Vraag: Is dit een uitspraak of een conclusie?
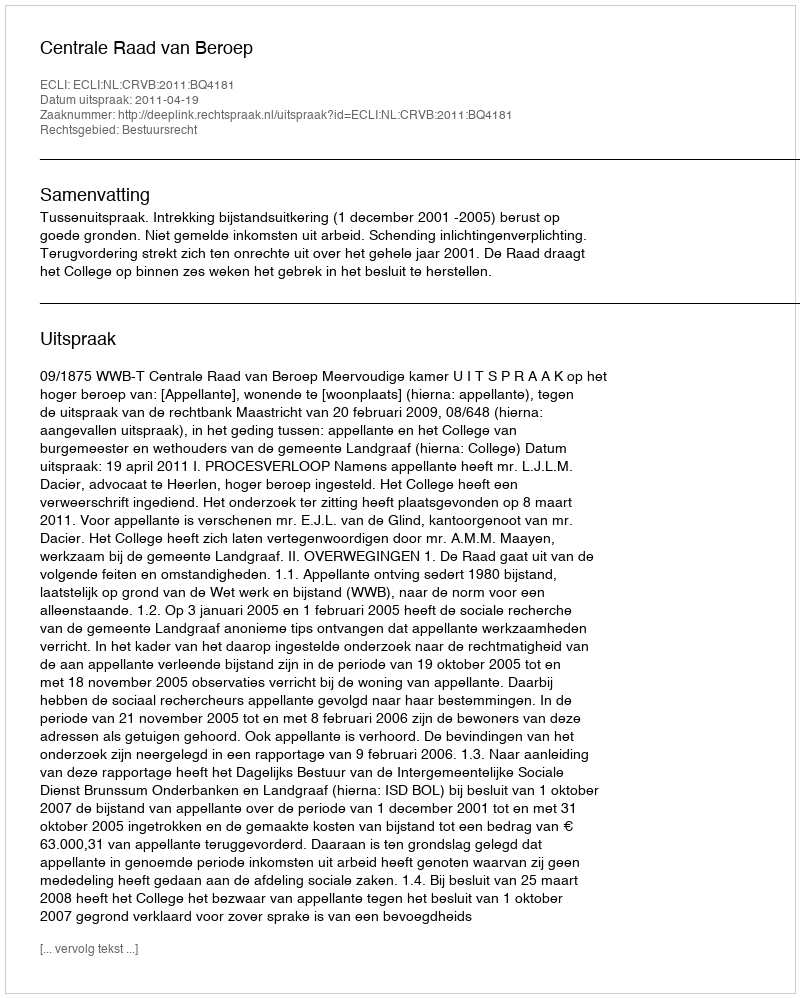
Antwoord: Uitspraak